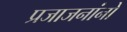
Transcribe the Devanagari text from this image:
प्रजाजनांनो